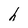
Character: h